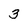
Character: 3